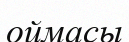
оймасы